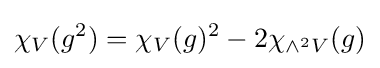
\chi _{V}(g^{2})=\chi _{V}(g)^{2}-2\chi _{\wedge ^{2}V}(g)